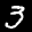
Label: 3